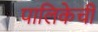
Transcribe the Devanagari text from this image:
पालिकेची